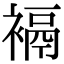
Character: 䙐